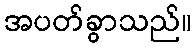
အပတ်ခွာသည်။